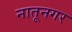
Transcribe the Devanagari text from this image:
नातूनगर